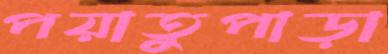
পয়াতুপাড়া